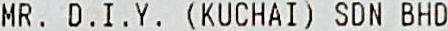
MR. D.I.Y. (KUCHAI) SDN BHD